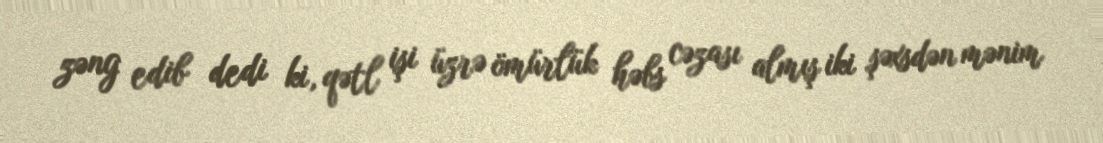
zəng edib dedi ki, qətl işi üzrə ömürlük həbs cəzası almış iki şəxsdən mənim